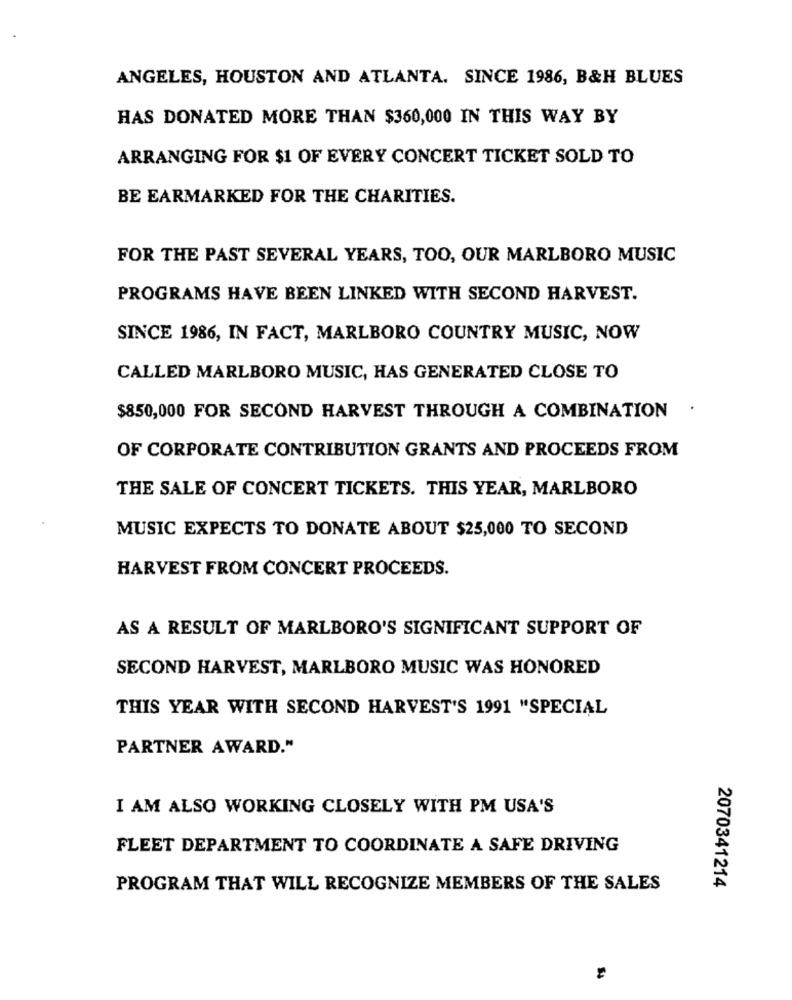
ANGELES, HOUSTON AND ATLANTA. SINCE 1986, B&H BLUES
HAS DONATED MORE THAN $360,000 IN THIS WAY BY
ARRANGING FOR $1 OF EVERY CONCERT TICKET SOLD TO
BE EARMARKED FOR THE CHARITIES.
FOR THE PAST SEVERAL YEARS, TOO, OUR MARLBORO MUSIC
PROGRAMS HAVE BEEN LINKED WITH SECOND HARVEST.
SINCE 1986, IN FACT, MARLBORO COUNTRY MUSIC, NOW
CALLED MARLBORO MUSIC, HAS GENERATED CLOSE TO
$850,000 FOR SECOND HARVEST THROUGH A COMBINATION
OF CORPORATE CONTRIBUTION GRANTS AND PROCEEDS FROM
THE SALE OF CONCERT TICKETS. THIS YEAR, MARLBORO
MUSIC EXPECTS TO DONATE ABOUT $25,000 TO SECOND
HARVEST FROM CONCERT PROCEEDS.
AS A RESULT OF MARLBORO'S SIGNIFICANT SUPPORT OF
SECOND HARVEST, MARLBORO MUSIC WAS HONORED
THIS YEAR WITH SECOND HARVEST'S 1991 "SPECIAL
PARTNER AWARD."
I AM ALSO WORKING CLOSELY WITH PM USA'S
FLEET DEPARTMENT TO COORDINATE A SAFE DRIVING
2070341214
PROGRAM THAT WILL RECOGNIZE MEMBERS OF THE SALES